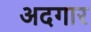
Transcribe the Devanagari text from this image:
अदगार